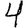
Digit: 4